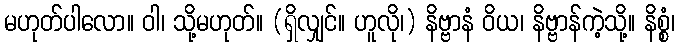
မဟုတ်ပါလော။ ဝါ၊ သို့မဟုတ်။ (ရှိလျှင်။ ဟူလို၊) နိဗ္ဗာနံ ဝိယ၊ နိဗ္ဗာန်ကဲ့သို့။ နိစ္စံ၊